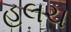
હલચ